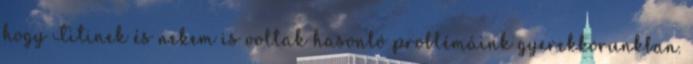
hogy Titinek és nekem is voltak hasonló problémáink gyerekkorunkban.